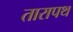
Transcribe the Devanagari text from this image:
तारापथ